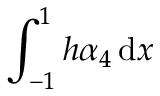
\int _ { - 1 } ^ { 1 } h \alpha _ { 4 } \, \mathrm { d } x